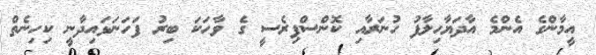
އީމާންގެ އެންމެ އާދަޔާހިލާފު ހުނަރާއި ކޮންސްޕިރެސީ ގެ ވާހަކަ ބިރު ފަހަނަޅައިދާނީ ކިހިނެތް